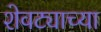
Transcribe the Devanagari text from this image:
शेवट्याच्या